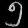
Digit: ၅